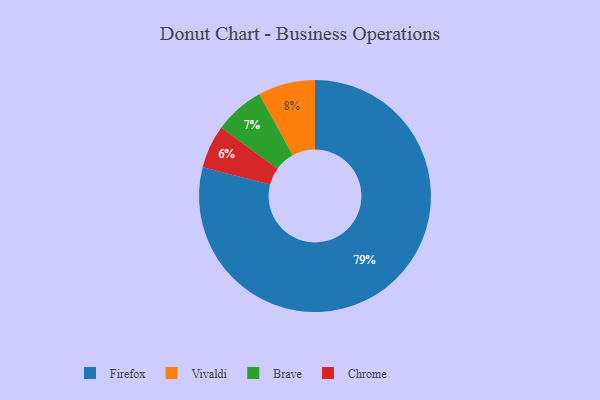
{"axis": {"x": "Category", "y": "Percentage"}, "legend": ["Brave", "Chrome", "Firefox", "Vivaldi"], "data": [{"x": "Brave", "y": 7, "type": "Brave"}, {"x": "Vivaldi", "y": 8, "type": "Vivaldi"}, {"x": "Chrome", "y": 6, "type": "Chrome"}, {"x": "Firefox", "y": 79, "type": "Firefox"}]}